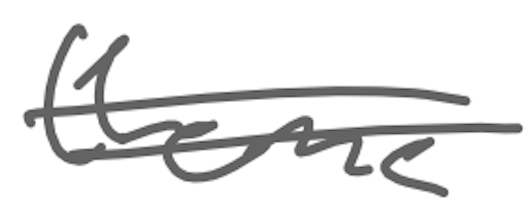
Text: theme
Cross-out: double-line
Writing tool: digital_gray